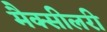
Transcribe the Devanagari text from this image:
मैक्सीलरी